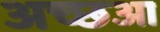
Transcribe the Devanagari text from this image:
अच्छआ